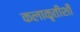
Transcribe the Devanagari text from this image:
कलाकृतीशी